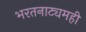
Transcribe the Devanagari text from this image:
भरतनाट्यमही